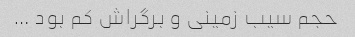
حجم سیب زمینی و برگراش کم بود …